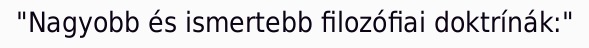
"Nagyobb és ismertebb filozófiai doktrínák:"